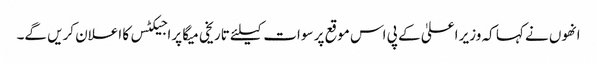
انھوں نے کہا کہ وزیر اعلیٰ کے پی اس موقع پر سوات کیلئے تاریخی میگا پراجیکٹس کا اعلان کریں گے۔